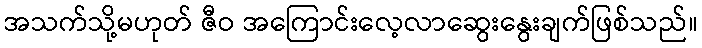
အသက်သို့မဟုတ် ဇီဝ အကြောင်းလေ့လာဆွေးနွေးချက်ဖြစ်သည်။